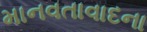
માનવતાવાદના